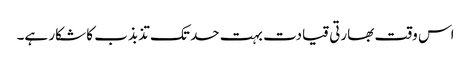
اس وقت بھارتی قیادت بہت حد تک تذبذب کا شکار ہے۔